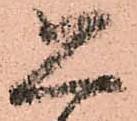
恐